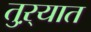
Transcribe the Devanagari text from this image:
तुऱ्यात